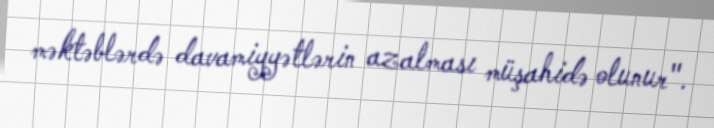
məktəblərdə davamiyyətlərin azalması müşahidə olunur".